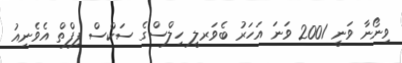
ވިނޯނާ ވަނީ 2001 ވަނަ އަހަރު ބެވަރލީ ހިލްސްގެ ސަކްސް ފިފްތް އެވެނިއު